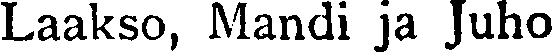
Laakso, Mandi ja Juho